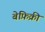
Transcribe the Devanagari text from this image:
बेफ़िक्री